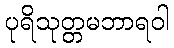
ပုရိသုတ္တမဘာရဝါ